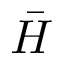
\bar { H }